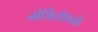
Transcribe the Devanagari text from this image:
मेथिलेशनके